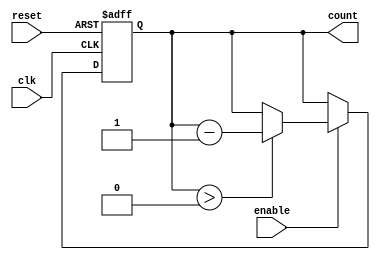
module down_counter (
    input wire clk,         // Clock input
    input wire reset,       // Asynchronous reset input
    input wire enable,      // Enable signal for decrementing
    output reg [N-1:0] count // Current counter value
);
    
    parameter N = 4; // Number of bits for the counter (adjust as needed)
    localparam MAX_COUNT = (1 << N) - 1; // Maximum count value (N bits)

    always @(posedge clk or posedge reset) begin
        if (reset) begin
            count <= MAX_COUNT; // Reset to maximum value
        end else if (enable) begin
            if (count > 0) begin
                count <= count - 1; // Decrement count
            end
        end
    end

    // Initialize count on instantiation
    initial begin
        count = MAX_COUNT; // Start at maximum count
    end
endmodule